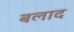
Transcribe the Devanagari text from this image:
बलाद